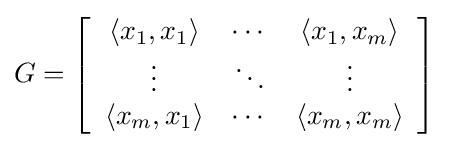
G=\left[{\begin{array}{ccc}\langle x_{1},x_{1}\rangle &\cdots &\langle x_{1},x_{m}\rangle \\\vdots &\ddots &\vdots \\\langle x_{m},x_{1}\rangle &\cdots &\langle x_{m},x_{m}\rangle \end{array}}\right]